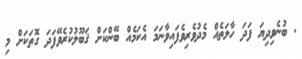
. ބުނެވިދިޔަ ފަދަ ހާލަތެއް މެދުވެރިވެފައިވާނަމަ އެކަމެއް ބޭންކަށް ޤަބޫލުކުރެވޭފަދަ ގޮތަކަށް މި